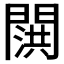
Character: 𬮍